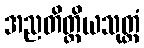
အညတိတ္ထိယသုတ္တံ